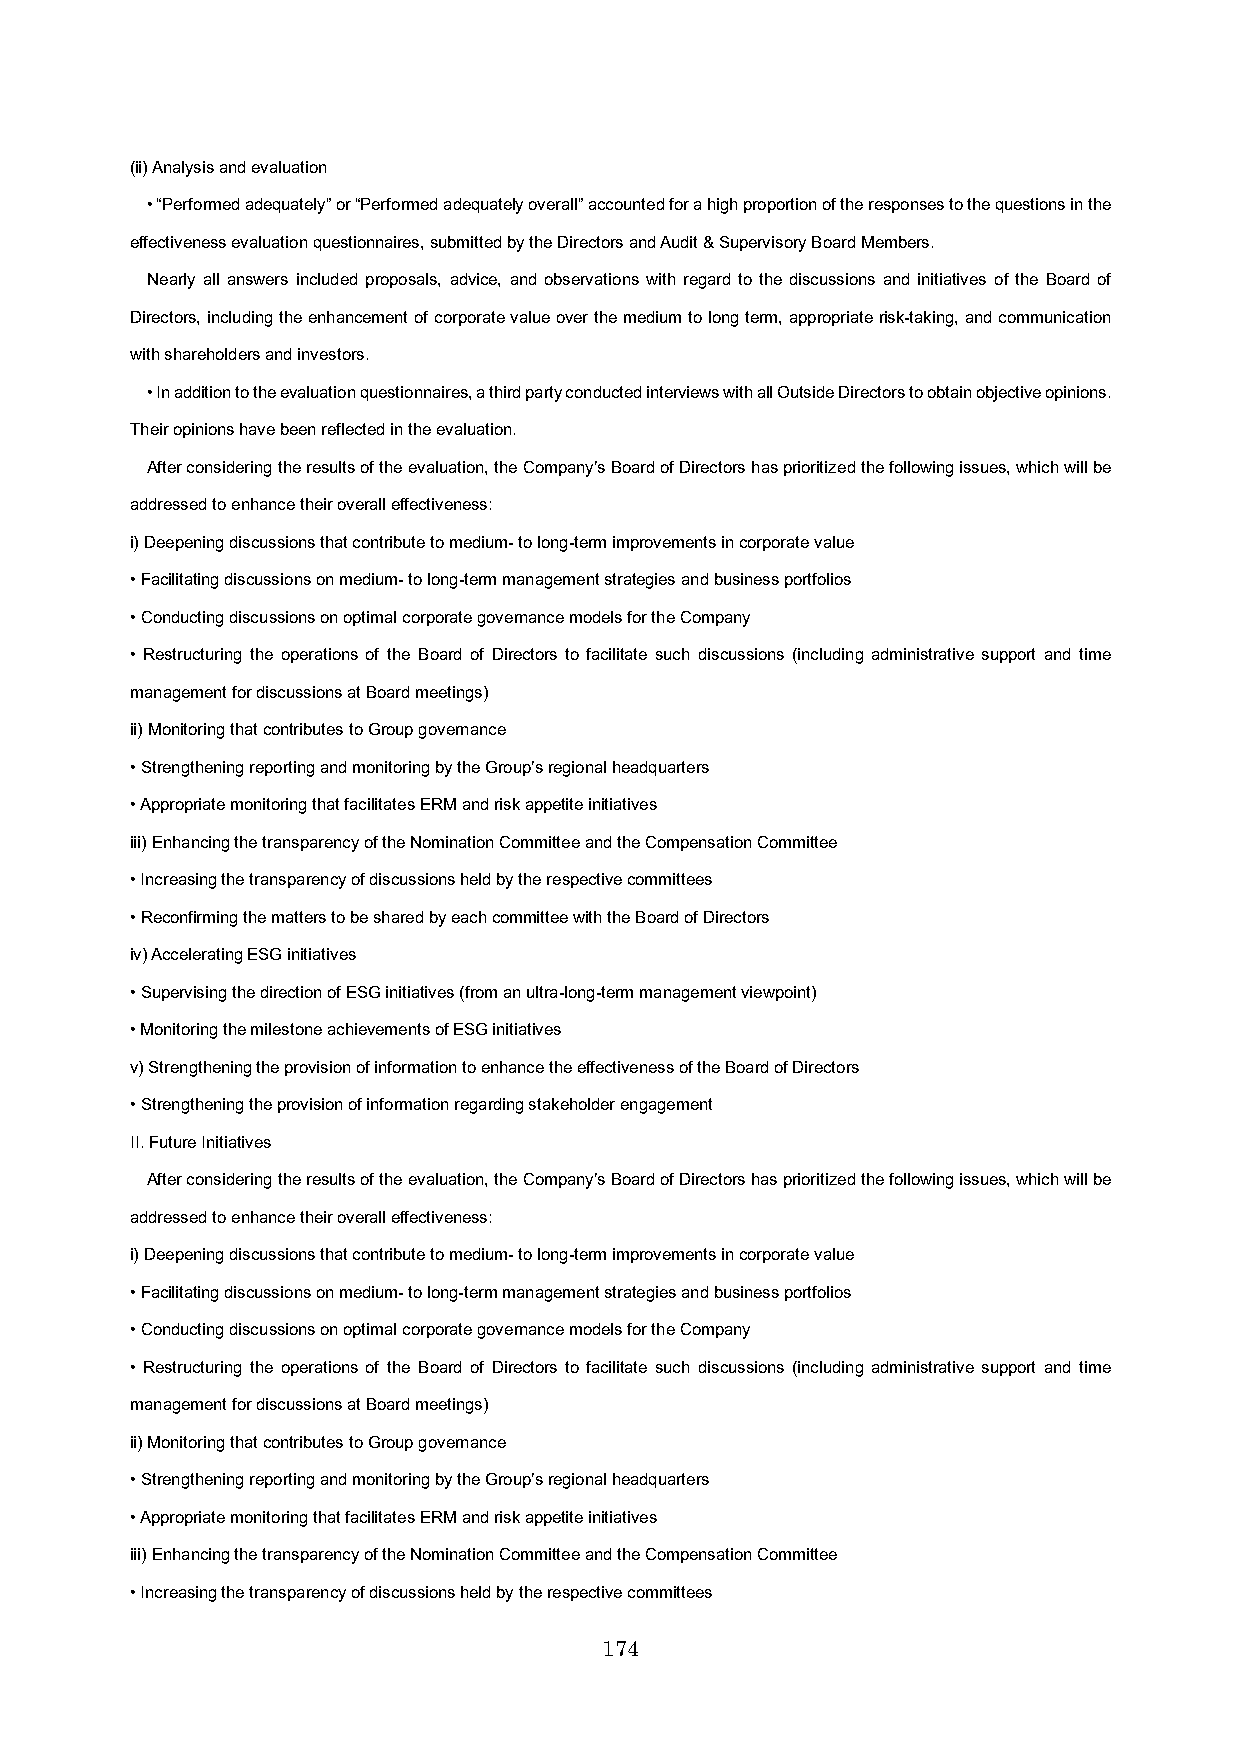
(ii) Analysis and evaluation
 • “Performed adequately” or “Performed adequately overall” accounted for a high proportion of the responses to the questions inthe
 effectiveness evaluation questionnaires, submitted by the Directors and Audit & Supervisory Board Members.
 Nearly all answers included proposals, advice, and observations with regard to the discussions and initiatives of the Board of
 Directors, including the enhancement of corporate value over the medium to long term, appropriate risk-taking, and communication
 with shareholders and investors.
 • In addition to the evaluation questionnaires, a third party conducted interviews with all Outside Directors to obtain objective opinions.
 Their opinions have been reflected in the evaluation.
 After considering the results of the evaluation, the Company’s Board of Directors has prioritized the following issues, which will be
 addressed to enhance their overall effectiveness:
 i) Deepening discussions that contribute to medium-to long-term improvements in corporate value
 • Facilitating discussions on medium-to long-term management strategies and business portfolios
 • Conducting discussions on optimal corporate governance models for the Company
 • Restructuring the operations of the Board of Directors to facilitate such discussions (including administrative support and time
 management for discussions at Board meetings)
 ii) Monitoring that contributes to Group governance
 • Strengthening reporting and monitoring by the Group’s regional headquarters
 • Appropriate monitoring that facilitates ERM and risk appetite initiatives
 iii) Enhancing the transparency of the Nomination Committee and the Compensation Committee
 • Increasing the transparency of discussions held by the respective committees
 • Reconfirming the matters to be shared by each committee with the Board of Directors
 iv) Accelerating ESG initiatives
 • Supervising the direction of ESG initiatives (from an ultra-long-term management viewpoint)
 • Monitoring the milestone achievements of ESG initiatives
 v) Strengthening the provision of information to enhance the effectiveness of the Board of Directors
 • Strengthening the provision of information regarding stakeholder engagement
 II. Future Initiatives
 After considering the results of the evaluation, the Company’s Board of Directors hasprioritized the following issues, which will be
 addressed to enhance their overall effectiveness:
 i) Deepening discussions that contribute to medium-to long-term improvements in corporate value
 • Facilitating discussions on medium-to long-term management strategies and business portfolios
 • Conducting discussions on optimal corporate governance models for the Company
 • Restructuring the operations of the Board of Directors to facilitate such discussions (including administrative support and time
 management for discussions at Board meetings)
 ii) Monitoring that contributes to Group governance
 • Strengthening reporting and monitoring by the Group’s regional headquarters
 • Appropriate monitoring that facilitates ERM and risk appetite initiatives
 iii) Enhancing the transparency of the Nomination Committee and the Compensation Committee
 • Increasing the transparency of discussions held by the respective committees
 174